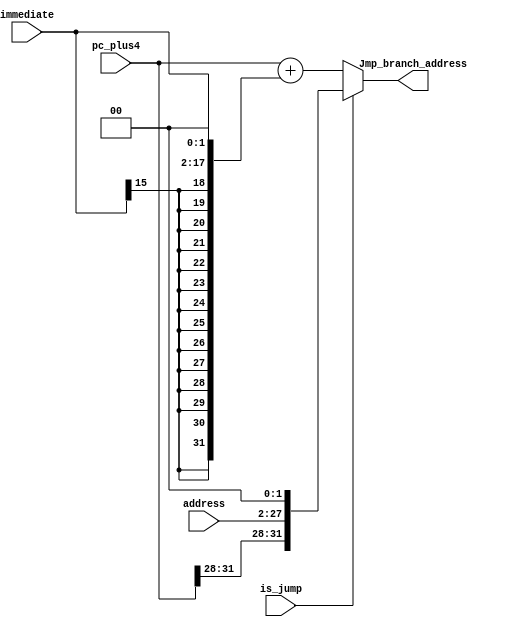
//-----------------------------------------------------
// Design Name 	: Branch Logic
// Function    	: Las instrucciones del tipo Jump son ejecutadas por la unidad de despacho a lo
//		  igual que el clculo de las direcciones de salto tanto para Jumps como para
//		  Branches. En caso de un Jump, la direccin es calculada combinatoriamente
//		  (lgica combinacional) y presentada al IFQ ese mismo ciclo.
// Coder  	: 
// Other	: Check IFQ PC OUT if +4 is added there or here
//         PC  OUT + 4 is added at IFQ
//-----------------------------------------------------

// Branch Logic without register for branch address
module  branchlogic (
			input 	          is_jump,
			input	 [31:0]	  pc_plus4,  
			input	 [15:0]	  immediate,
			input    [25:0]   address,
			output	 [31:0]   Jmp_branch_address
			);
			
// is_jump = 1 : Jump Address, 0 : Branch Address
                                           //should be pc_plus4 or pc?
assign Jmp_branch_address = (is_jump) ? ( { pc_plus4[31:28], address, 2'b00 } )  : ( pc_plus4 + ( { {14{immediate[15]}}, immediate, 2'b00 } ) );

endmodule


// Branch Logic with register for branch address
module  branchlogic_r (
      input           clk,
      input           rst,
			input 		        is_jump,
			input	 [31:0]	  pc_plus4,  
			input	 [15:0]	  immediate,
			input  [25:0]   address,
			output	[31:0]   Jmp_branch_address
			);
	 
	 
	 reg [31:0] branch_addr_reg;
	  
   always@(posedge clk, posedge rst) begin
   
      branch_addr_reg <= (rst) ? 32'h00000000 : ( pc_plus4 + ( { {14{immediate[15]}}, immediate, 2'b00 } ) ); 
      
   end	
			
   // is_jump = 1 : Jump Address, 0 : Branch Address
                                           //should be pc_plus4 or pc?
   assign Jmp_branch_address = (is_jump) ? ( { pc_plus4[31:28], address, 2'b00 } )  : ( branch_addr_reg );

endmodule